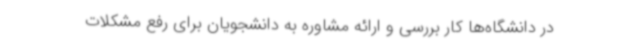
در دانشگاه‌ها کار بررسی و ارائه مشاوره به دانشجویان برای رفع مشکلات